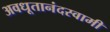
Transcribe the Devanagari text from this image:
अवधूतानंदस्वामी